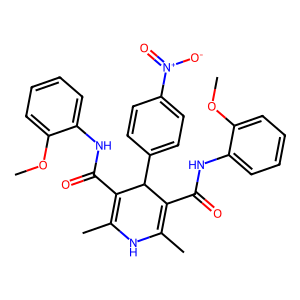
SMILES: COc1ccccc1NC(=O)C1=C(C)NC(C)=C(C(=O)Nc2ccccc2OC)C1c1ccc([N+](=O)[O-])cc1
Inhibits HIV replication: No